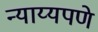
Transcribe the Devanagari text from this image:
न्याय्यपणे